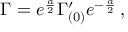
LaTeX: \Gamma = e ^ { \frac { a } { 2 } } \Gamma _ { ( 0 ) } ^ { \prime } e ^ { - { \frac { a } { 2 } } } \, ,